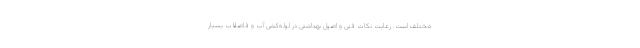
مختلف است. رعایت نکات فنی و اصول بهداشتی در لوله‌کشی آب و فاضلاب بسیار